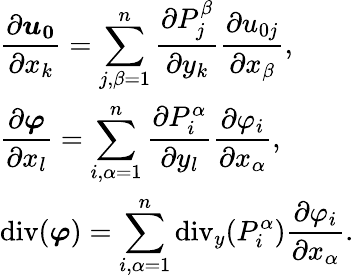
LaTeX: \begin{array}{llr}{\displaystyle\frac{\partial{\boldsymbol{u_{0}}}}{\partial x_{k}}=\sum_{j,\beta=1}^{n}\frac{\partial{P_{j}^{\beta}}}{\partial y_{k}}\frac{\partial u_{0j}}{\partial x_{\beta}},}\\ {\displaystyle\frac{\partial{\boldsymbol\varphi}}{\partial x_{l}}=\sum_{i,\alpha=1}^{n}\frac{\partial{P_{i}^{\alpha}}}{\partial y_{l}}\frac{\partial\varphi_{i}}{\partial x_{\alpha}},}\\ {\displaystyle\operatorname{div}(\boldsymbol\varphi)=\sum_{i,\alpha=1}^{n}\operatorname{div}_{y}({P_{i}^{\alpha}})\frac{\partial\varphi_{i}}{\partial x_{\alpha}}.}\end{array}